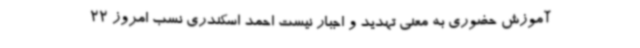
آموزش حضوری به معنی تهدید و اجبار نیست احمد اسکندری نسب امروز 22